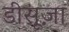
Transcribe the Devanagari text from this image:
डीसूज़ा